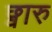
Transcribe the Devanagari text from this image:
छ्वारु